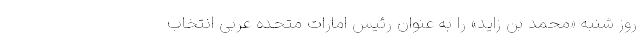
روز شنبه «محمد بن زاید» را به عنوان رئیس امارات متحده عربی انتخاب